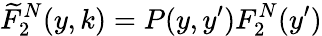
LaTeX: \widetilde{F}_{2}^{N}(y,k)=P(y,y^{\prime})F_{2}^{N}(y^{\prime})